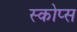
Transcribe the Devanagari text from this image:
स्कोप्स